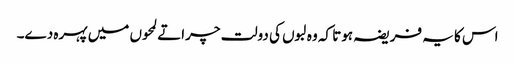
اس کا یہ فریضہ ہوتا کہ وہ لبوں کی دولت چراتے لمحوں میں پہرہ دے۔